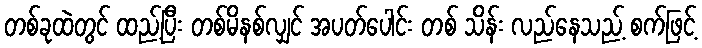
တစ်ခုထဲတွင် ထည့်ပြီး တစ်မိနစ်လျှင် အပတ်ပေါင်း တစ် သိန်း လည်နေသည့် စက်ဖြင့်